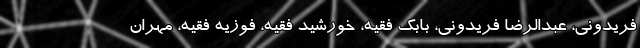
فریدونی، عبدالرضا فریدونی، بابک فقیه، خورشید فقیه، فوزیه فقیه، مهران